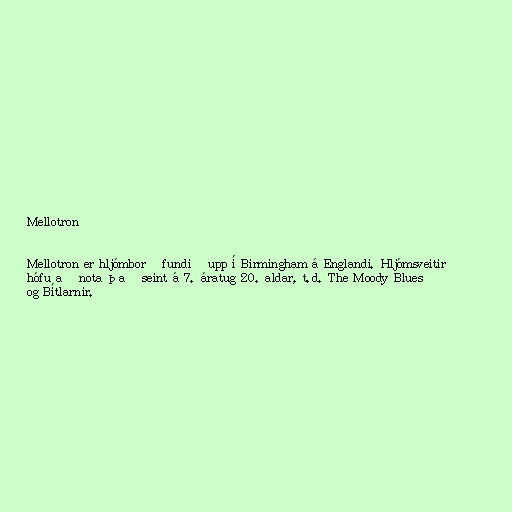
Mellotron

Mellotron er hljómborð fundið upp í Birmingham á Englandi. Hljómsveitir
hófu að nota það seint á 7. áratug 20. aldar, t.d. The Moody Blues
og Bítlarnir.